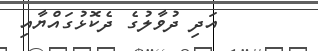
އަދި ދުވާލުގެ ދެކޮޅުގައްޔާއި